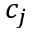
c _ { j }